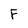
Character: F